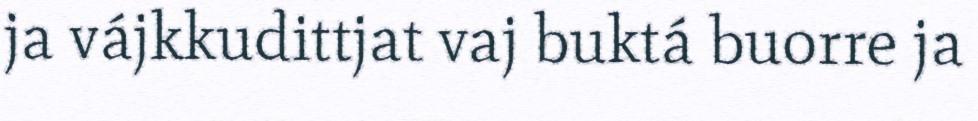
ja vájkkudittjat vaj buktá buorre ja